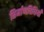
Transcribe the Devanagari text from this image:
निर्माणविधियाँ